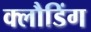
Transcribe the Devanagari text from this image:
क्लौडिंग